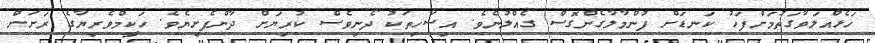
ހަޅެއްލަވާގަތުމަށްފަހު ކަނޑަށް ފުންމާލާގެންގޮސް ގެއްލުނެވެ. އިސާހިތަކު ދޯނިވެސް ކުރިޔަށް ދާންފެށިޔެވެ. ހަކީމްވެރިޔާގެ ރަށަށް